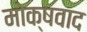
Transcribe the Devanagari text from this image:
मोक्षवाद